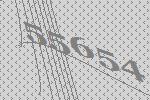
55654